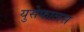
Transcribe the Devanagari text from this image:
युसेफालस